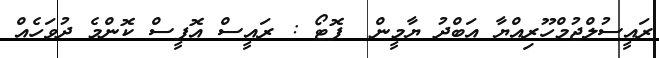
ރައީސުލްޖުމްހޫރިއްޔާ އަބްދު ޔާމީން  ފޮޓޯ : ރައީސް އޮފީސް ކޮންމެ ދުވަހެއް